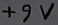
Text: +9V